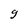
Character: g